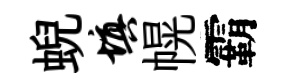
蜺填幌霸